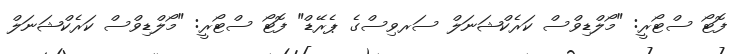
ފޮޓޯ ސްޓޯރީ: "މޯލްޑިވްސް ކަރެކްޝަނަލް ސަރވިސްގެ ޕެރޭޑް" ފޮޓޯ ސްޓޯރީ: "މޯލްޑިވްސް ކަރެކްޝަނަލް